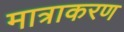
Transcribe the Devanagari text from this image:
मात्राकरण